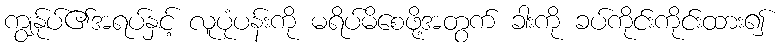
ကျွန်ုပ်၏အရပ်နှင့် လူပုံပန်းကို မရိပ်မိစေဖို့အတွက် ခါးကို ခပ်ကိုင်းကိုင်းထား၍